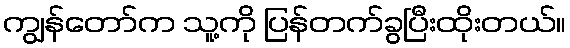
ကျွန်တော်က သူ့ကို ပြန်တက်ခွပြီးထိုးတယ်။